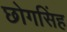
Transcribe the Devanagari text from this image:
छोगसिंह